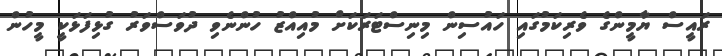
ރަައީސް ޔާމީންގެ ވެރިކަމުގައި ހަައުސިން މިނިސްޓަރަކަށް މުއިއްޒު ހުންނެވި ދުވަސްވަރު ގުޅިފަޅަކީ މީހުން